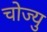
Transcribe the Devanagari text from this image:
चोज्यु